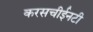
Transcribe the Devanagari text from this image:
करसचीईनटी